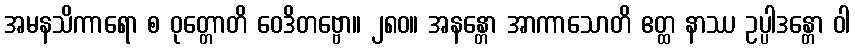
အမနသိကာရော စ ဝုတ္တောတိ ဝေဒိတဗ္ဗော။ ၂၈၀။ အနန္တော အာကာသောတိ ဧတ္ထ နာဿ ဥပ္ပါဒန္တော ဝါ